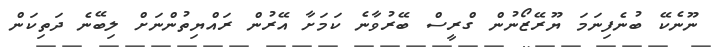
ނޫނެކޭ ބުނެފިނަމަ ޔޫރޭޒޯނުން ގްރީސް ބޭރުވާނެ ކަމަށާ އޭރުން ރައްޔިތުންނަށް ލިބޭނެ ދަތިކަން